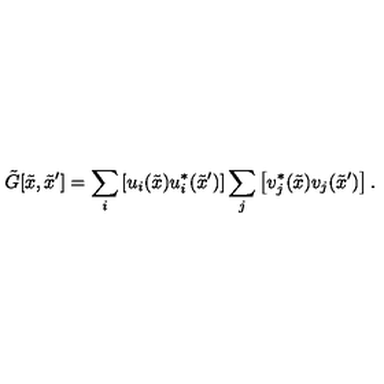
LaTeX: { \tilde { G } } [ { \tilde { x } } , { \tilde { x } ^ { \prime } } ] = \sum _ { i } \left[ u _ { i } ( { \tilde { x } } ) u _ { i } ^ { * } ( { \tilde { x } ^ { \prime } } ) \right] \sum _ { j } \left[ v _ { j } ^ { * } ( { \tilde { x } } ) v _ { j } ( { \tilde { x } ^ { \prime } } ) \right] .